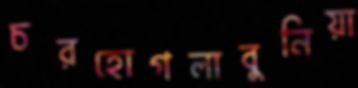
চরহোগলাবুনিয়া